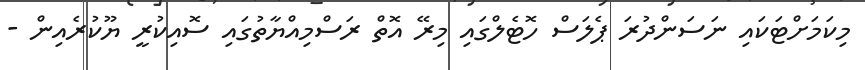
މިކަމަށްޓަކައި ނަސަންދުރަ ޕެލަސް ހޮޓެލްގައި މިރޭ އޮތް ރަސްމިއްޔާތުގައި ސޮއިކުރީ ޔޫކުރެއިން -